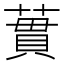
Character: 𫉜